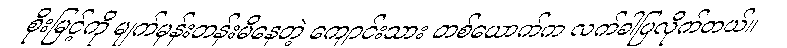
စိုးမြင့်ကို မျက်မှန်းတန်းမိနေတဲ့ ကျောင်းသား တစ်ယောက်က လက်ခါပြလိုက်တယ်။